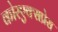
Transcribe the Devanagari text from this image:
कोरएक्सप्रेस